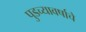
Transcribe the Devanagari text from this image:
पुडच्यावर्षाचे